Theory and practice of anti-rabic immunisation - Number 30
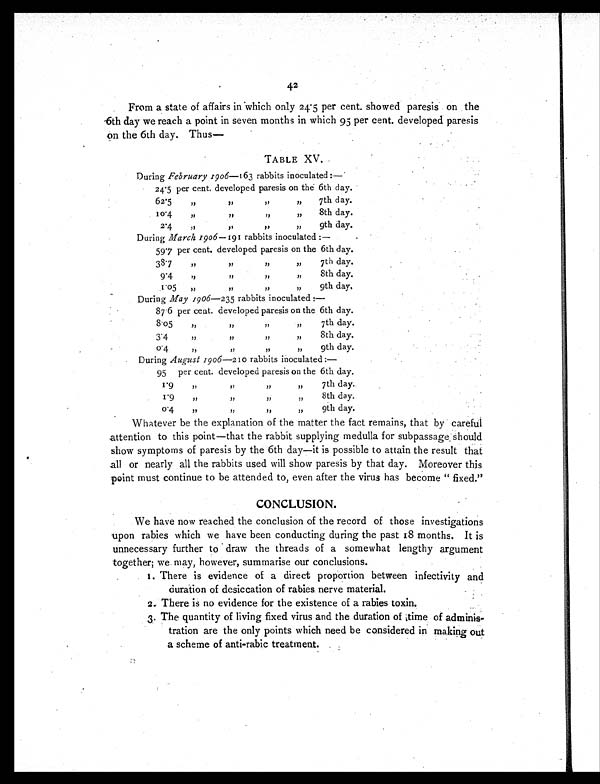
42
From a state of affairs in which only 24.5 per cent. showed paresis on the
6th day we reach a point in seven months in which 95 per cent. developed paresis
on the 6th day. Thus—
TABLE XV.
During February 1906—163 rabbits inoculated :—
24.5 per cent. developed paresis on the 6th day.
62.5
"
"
"
"
7th day.
10.4
"
"
"
"
8th day.
2.4
"
"
"
"
9th day.
During March 1906—191 rabbits inoculated :—
59.7 per cent. developed paresis on the 6th day.
38.7 "
"
"
"
7th day.
9.4 "
"
"
"
8 t h d a y .
1.05 "
"
"
"
9 t h d a y .
During May 1906—235 rabbits inoculated :—
87.6 per cent. developed paresis on the 6 t h d a y .
8.05
" "
"
"
7th day.
3.4
" "
"
"
8th day.
0 . 4 " "
"
"
9th day.
During August 1906—210 rabbits inoculated :—
95 per cent. developed paresis on the 6 t h d a y .
1.9
" "
"
"
7th day.
1.9
" "
"
"
8th day.
0.4
" "
"
"
9th day.
Whatever be the explanation of the matter the fact remains, that by careful
attention to this point—that the rabbit supplying medulla for subpassage should
show symptoms of paresis by the 6th day—it is possible to attain the result that
all or nearly all the rabbits used will show paresis by that day. Moreover this
point must continue to be attended to, even after the virus has become " fixed.''
CONCLUSION.
We have now reached the conclusion of the record of those investigations
upon rabies which we have been conducting during the past 18 months. It is
unnecessary further to draw the threads of a somewhat lengthy argument
together; we may, however, summarise our conclusions.
1. There is evidence of a direct proportion between infectivity and
duration of desiccation of rabies nerve material.
2. There is no evidence for the existence of a rabies toxin.
3. The quantity of living fixed virus and the duration of time of adminis
-tration are the only points which need be considered in making out
a scheme of anti-rabic treatment.